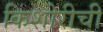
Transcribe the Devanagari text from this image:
किशोरीची